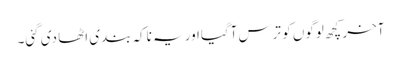
آخر کچھ لوگوں کو ترس آگیااور یہ ناکہ بندی اٹھا دی گئی۔